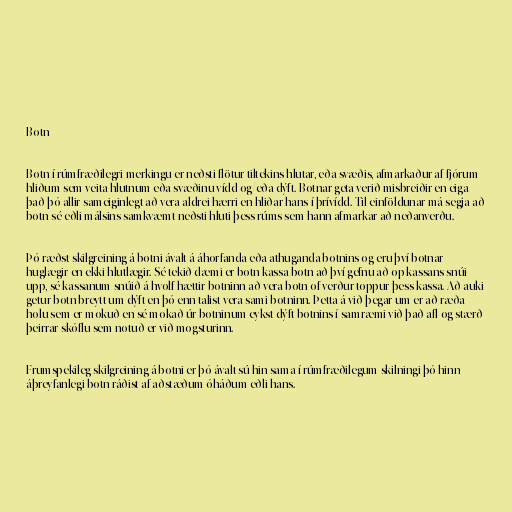
Botn

Botn í rúmfræðilegri merkingu er neðsti flötur tiltekins hlutar, eða svæðis, afmarkaður af fjórum
hliðum sem veita hlutnum eða svæðinu vídd og/eða dýft. Botnar geta verið misbreiðir en eiga
það þó allir sameiginlegt að vera aldrei hærri en hliðar hans í þrívídd. Til einföldunar má segja að
botn sé eðli málsins samkvæmt neðsti hluti þess rúms sem hann afmarkar að neðanverðu.

Þó ræðst skilgreining á botni ávalt á áhorfanda eða athuganda botnins og eru því botnar
huglægir en ekki hlutlægir. Sé tekið dæmi er botn kassa botn að því gefnu að op kassans snúi
upp, sé kassanum snúið á hvolf hættir botninn að vera botn of verður toppur þess kassa. Að auki
getur botn breytt um dýft en þó enn talist vera sami botninn. Þetta á við þegar um er að ræða
holu sem er mokuð en sé mokað úr botninum eykst dýft botnins í samræmi við það afl og stærð
þeirrar skóflu sem notuð er við mogsturinn.

Frumspekileg skilgreining á botni er þó ávalt sú hin sama í rúmfræðilegum skilningi þó hinn
áþreyfanlegi botn ráðist af aðstæðum óháðum eðli hans.